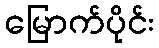
မြောက်ပိုင်း